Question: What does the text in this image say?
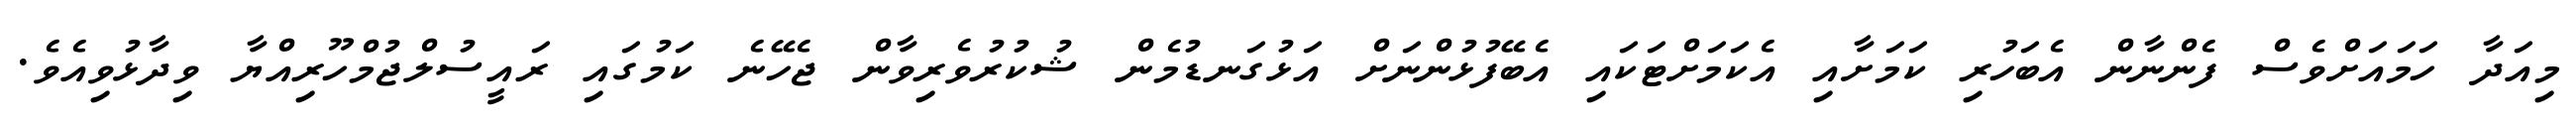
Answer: މިއަދާ ހަމައަށްވެސް ފެންނާން އެބަހުރި ކަމަށާއި އެކަމަށްޓަކައި އެބޭފުޅުންނަށް އަޅުގަނޑުމެން ޝުކުރުވެރިވާން ޖެހޭނެ ކަމުގައި ރައީސުލްޖުމްހޫރިއްޔާ ވިދާޅުވިއެވެ.